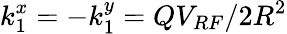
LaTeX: k_{1}^{x}=-k_{1}^{y}=QV_{RF}/2R^{2}